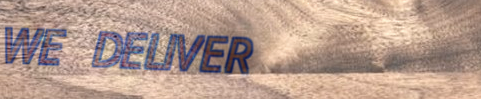
WE DELIVER